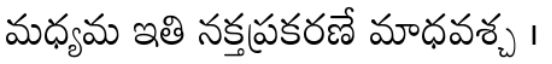
మధ్యమ ఇతి నక్తప్రకరణే మాధవశ్చ ।